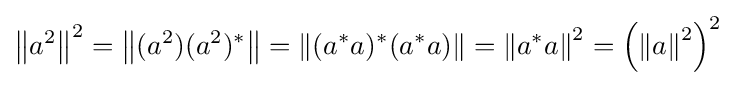
\left\|a^{2}\right\|^{2}=\left\|(a^{2})(a^{2})^{*}\right\|=\left\|(a^{*}a)^{*}(a^{*}a)\right\|=\left\|a^{*}a\right\|^{2}=\left(\left\|a\right\|^{2}\right)^{2}